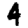
Digit: 4